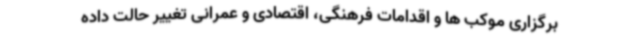
برگزاری موکب ها و اقدامات فرهنگی، اقتصادی و عمرانی تغییر حالت داده